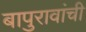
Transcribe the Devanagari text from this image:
बापुरावांची